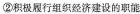
②积极履行组织经济建设的职能